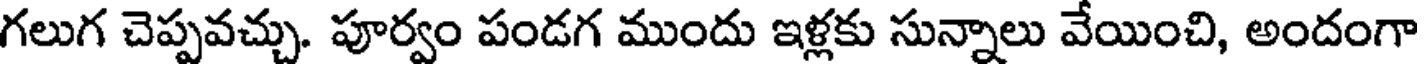
గలుగ చెప్పవచ్చు. పూర్వం పండగ ముందు ఇళ్లకు సున్నాలు వేయించి, అందంగా